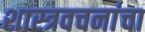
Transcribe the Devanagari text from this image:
शास्त्रवचनांचा